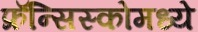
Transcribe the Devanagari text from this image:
फ्रॅन्सिस्कोमध्ये